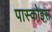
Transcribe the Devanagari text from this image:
पास्कोइस